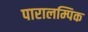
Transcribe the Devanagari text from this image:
पारालम्पिक